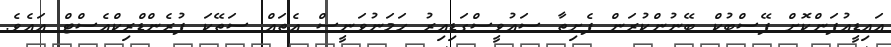
އައިޑީއުފަންކޮށް ފޭސްބުކް ބޭނުންކުރަން ފެށިތާ ސައުވީސްގަޑިއިރު ހަމަނުވަނީސް އެތައް ސަތޭކަ ފުރެންޑްރިކްއެސްޓް އައެވެ.